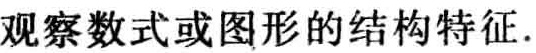
观察数式或图形的结构特征.